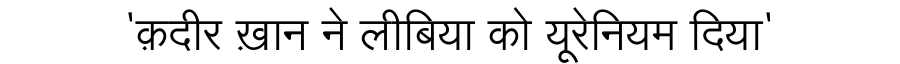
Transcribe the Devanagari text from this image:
'क़दीर ख़ान ने लीबिया को यूरेनियम दिया'